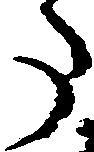
た